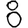
Digit: 8